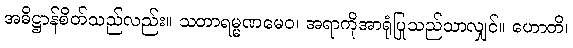
အဓိဋ္ဌာန်စိတ်သည်လည်း။ သတာရမ္မဏမေဝ၊ အရာကိုအာရုံပြုသည်သာလျှင်။ ဟောတိ၊